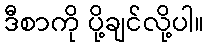
ဒီစာကို ပို့ချင်လို့ပါ။